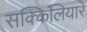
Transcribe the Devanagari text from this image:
सक्किलियार